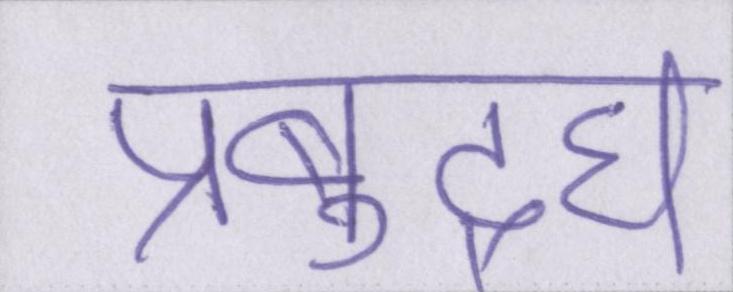
प्रबुद्घ